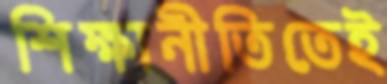
শিক্ষানীতিতেই